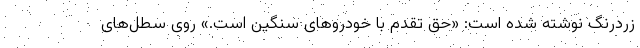
زردرنگ نوشته شده است: «حق تقدم با خودروهای سنگین است.» روی سطل‌های